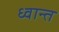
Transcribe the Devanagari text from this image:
ध्वान्त